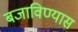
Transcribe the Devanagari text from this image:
बजाविण्यास